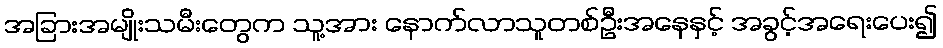
အခြားအမျိုးသမီးတွေက သူ့အား နောက်လာသူတစ်ဦးအနေနှင့် အခွင့်အရေးပေး၍